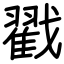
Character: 戳